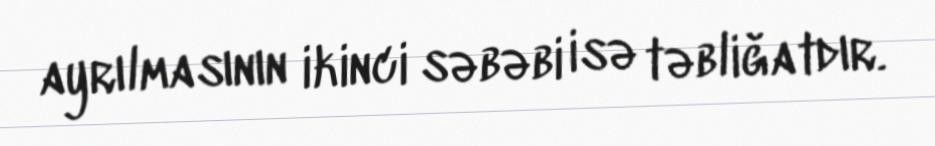
ayrılmasının ikinci səbəbi isə təbliğatdır.